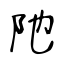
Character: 阤